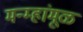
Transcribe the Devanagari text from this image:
मन्म्हांमूळ